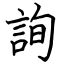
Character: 詢